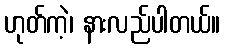
ဟုတ်ကဲ့၊ နားလည်ပါတယ်။